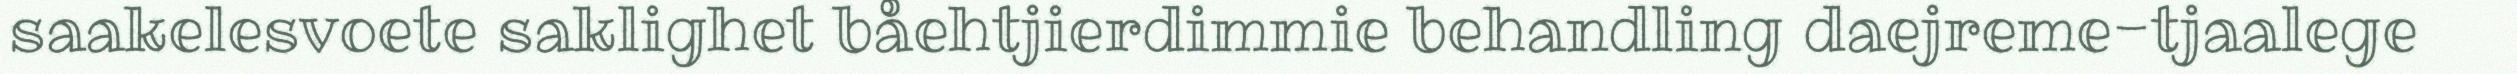
saakelesvoete saklighet båehtjierdimmie behandling daejreme-tjaalege